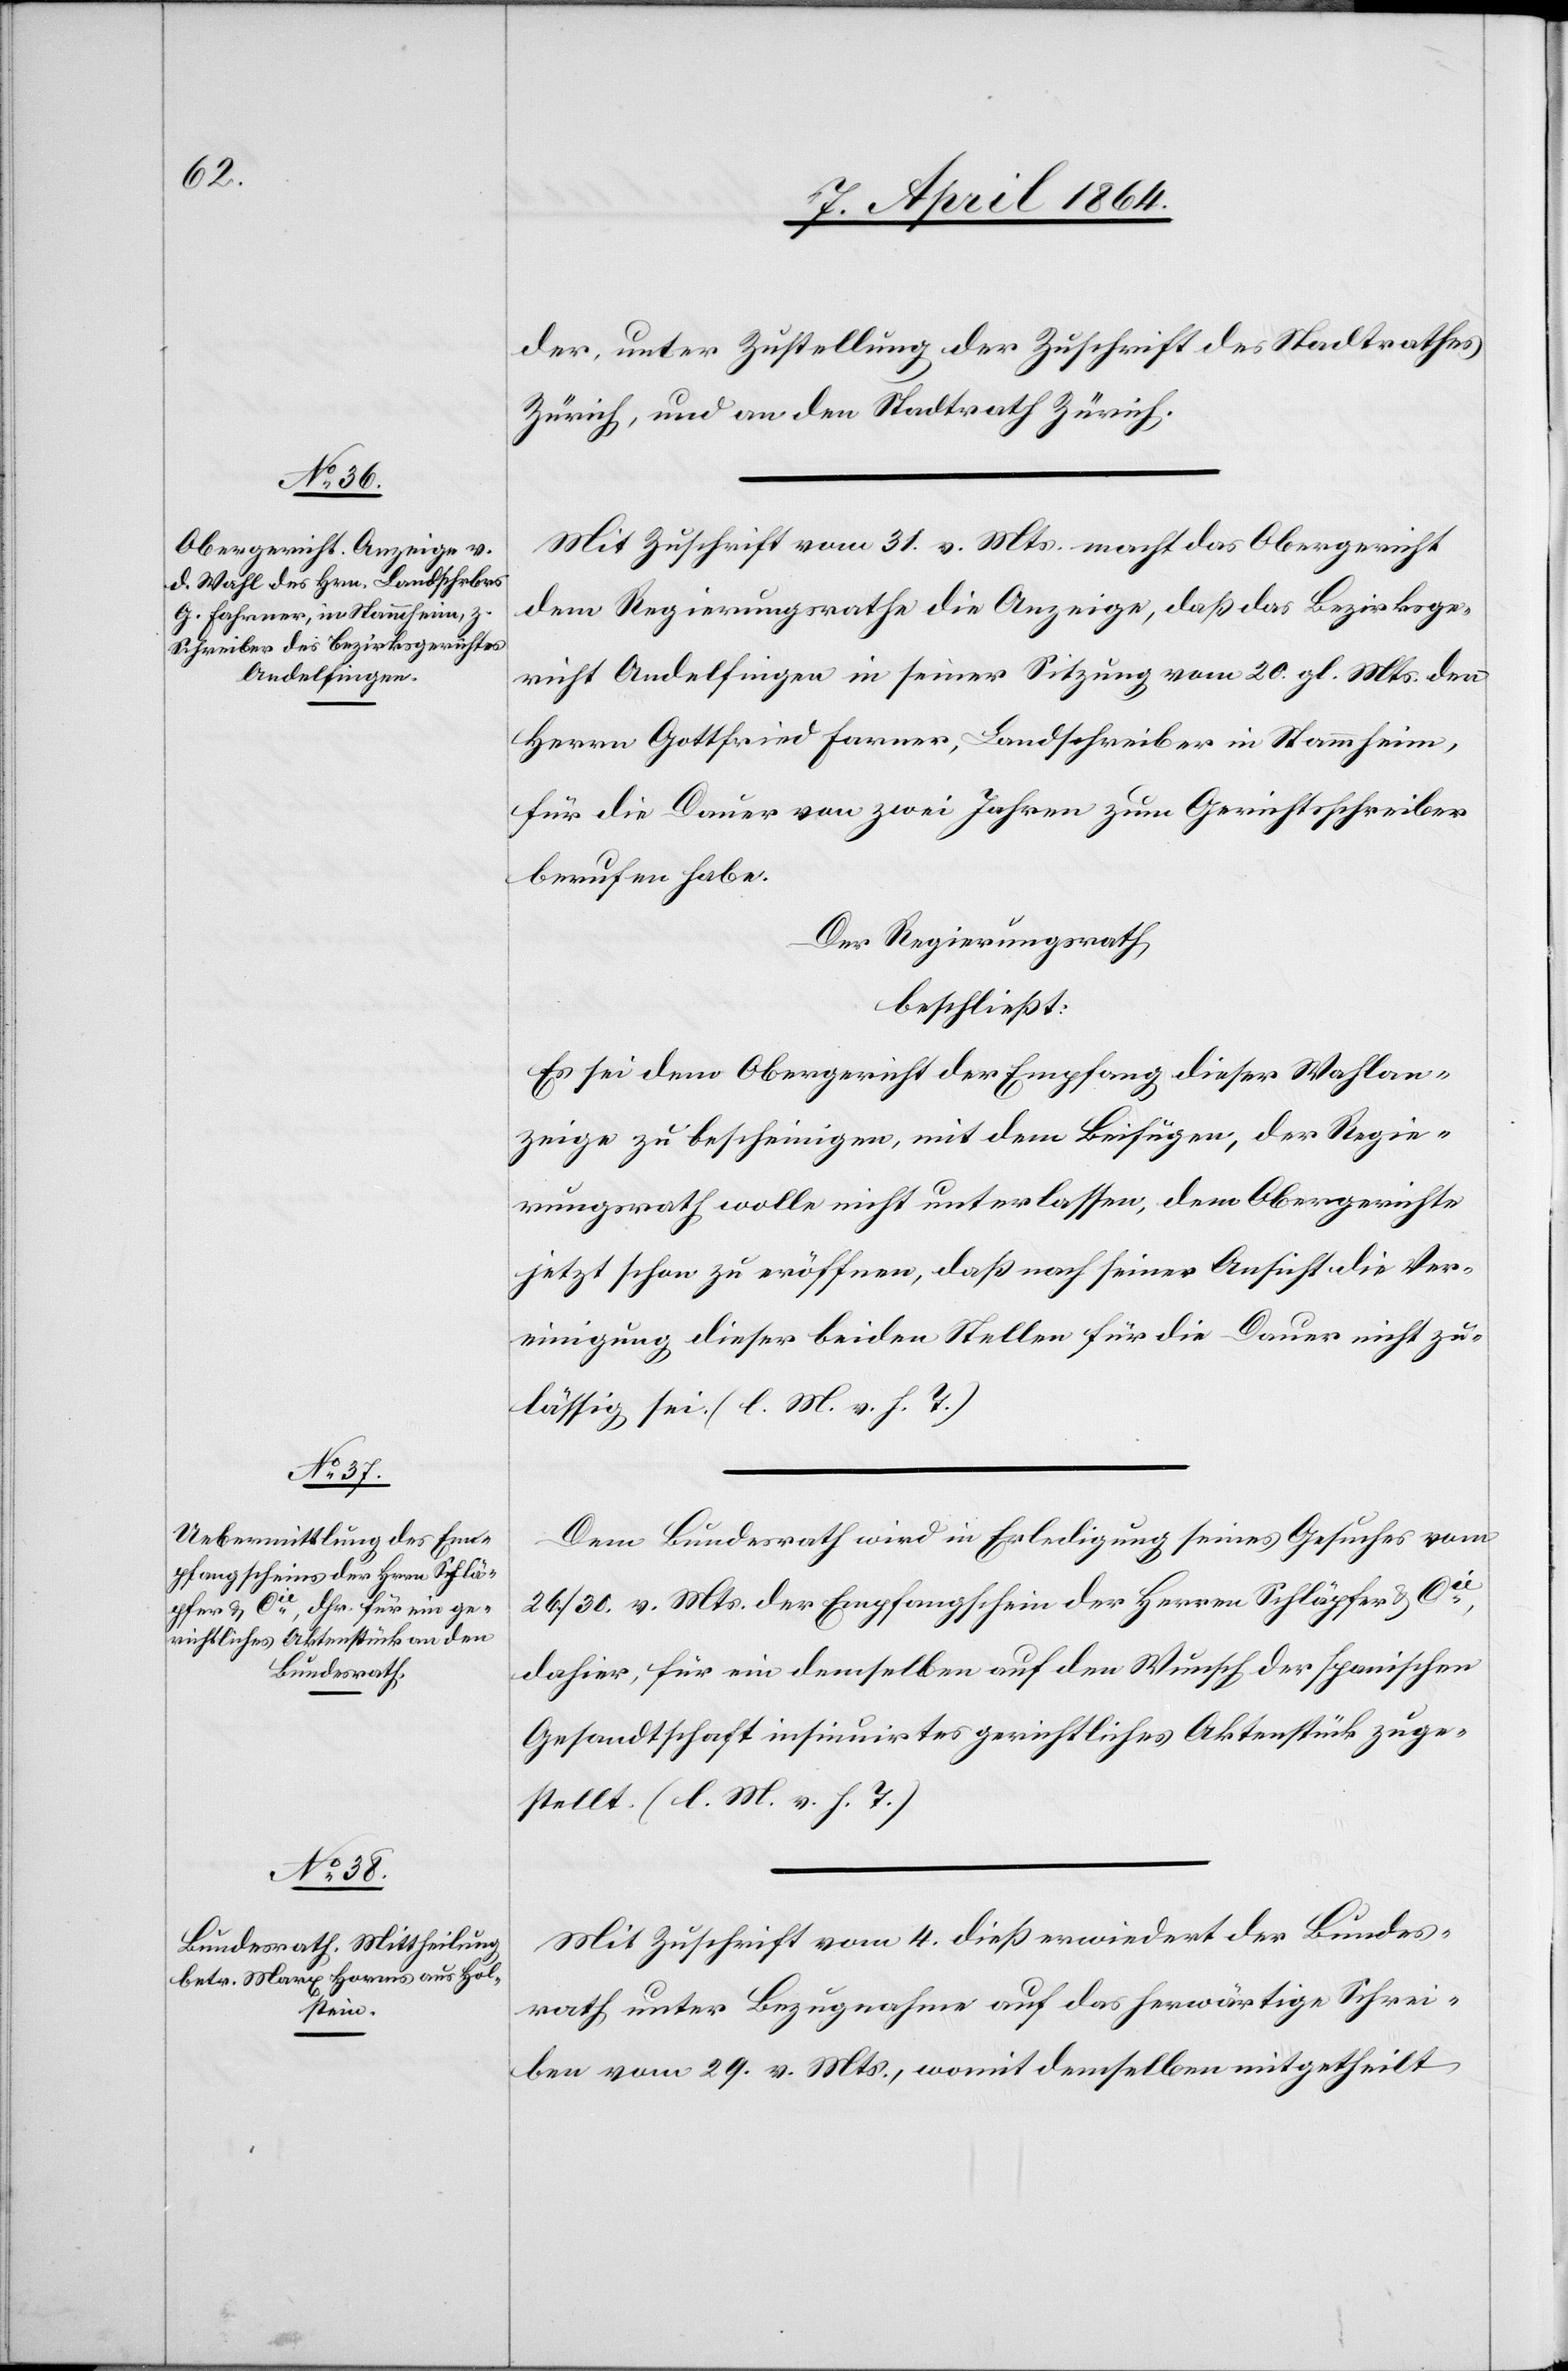
der, unter Zustellung der Zuschrift des Stadtrathes
Zürich, und an den Stadtrath Zürich.
Mit Zuschrift vom 31. v. Mts. macht das Obergericht
dem Regierungsrathe die Anzeige, daß das Bezirksge¬
richt Andelfingen in seiner Sitzung vom 20. gl. Mts. den
Herrn Gottfried Farner, Landschreiber in Stammheim,
für die Dauer von zwei Jahren zum Gerichtsschreiber
berufen habe.
Der Regierungsrath
beschließt:
Es sei dem Obergericht der Empfang dieser Wahlan¬
zeige zu bescheinigen, mit dem Beifügen, der Regie¬
rungsrath wolle nicht unterlassen, dem Obergerichte
jetzt schon zu eröffnen, daß nach seiner Ansicht die Ver¬
einigung dieser beiden Stellen für die Dauer nicht zu¬
lässig sei. (l. M. v. h. T.)
Dem Bundesrath wird in Erledigung seines Gesuches vom
26./30. v. Mts. der Empfangschein der Herren Schläpfer u. Cie
dahier, für ein demselben auf den Wunsch der spanischen
Gesandtschaft insinuirtes gerichtliches Aktenstück zuge¬
stellt. (l. M. v. h. T.)
Mit Zuschrift vom 4. dieß erwiedert der Bundes¬
rath unter Bezugnahme auf das herwärtige Schrei¬
ben vom 29. v. Mts., womit demselben mitgetheilt